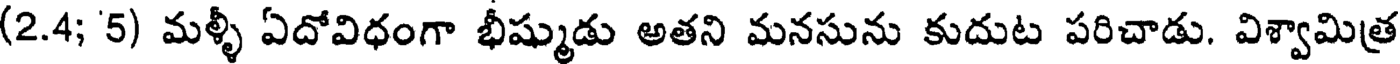
(2.4; '5) మళ్ళీ ఏదోవిధంగా భీష్ముడు అతని మనసును కుదుట పరిచాడు. విశ్వామిత్ర